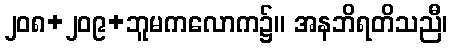
၂၀၈+၂၀၉+ဘူမကလောက၌။ အနဘိရတိသညီ၊